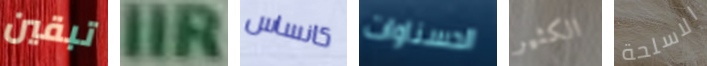
تبقين IIR كانساس الحسناوات الكثير الاسلحة